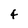
Character: 4